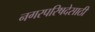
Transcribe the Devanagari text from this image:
नगरपरिषदेसाठी